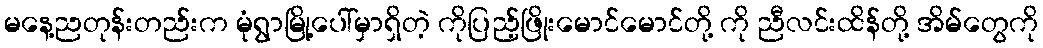
မနေ့ညတုန်းတည်းက မုံရွာမြို့ပေါ်မှာရှိတဲ့ ကိုပြည့်ဖြိုးမောင်မောင်တို့ ကို ညီလင်းထိန်တို့ အိမ်တွေကို